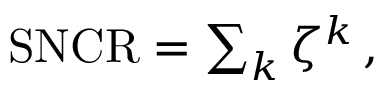
\begin{array} { r } { \mathrm { S N C R } = \sum _ { k } \zeta ^ { k } \, , } \end{array}